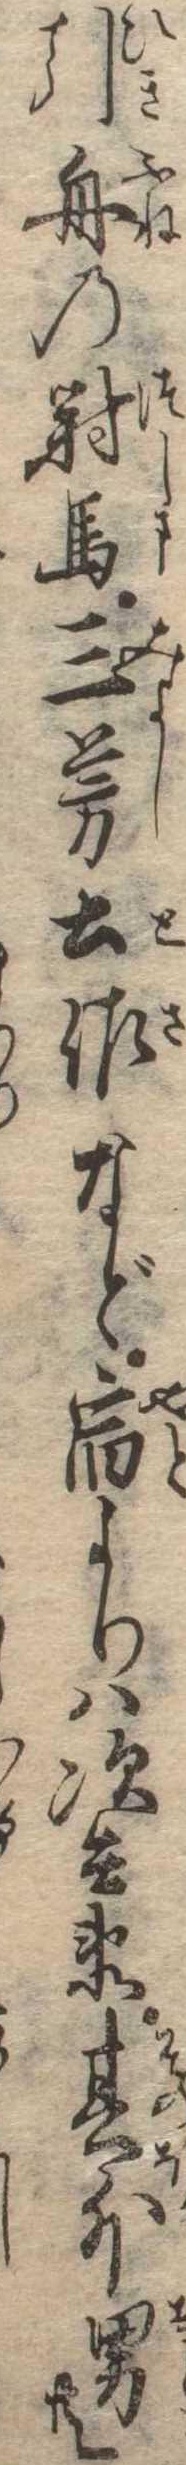
引舟の対馬三芳土佐など宿よりは次兵衛其外男共